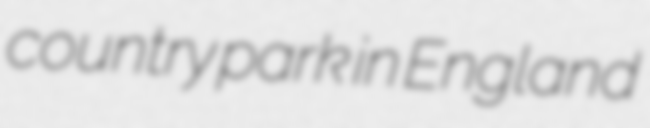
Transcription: country park in England